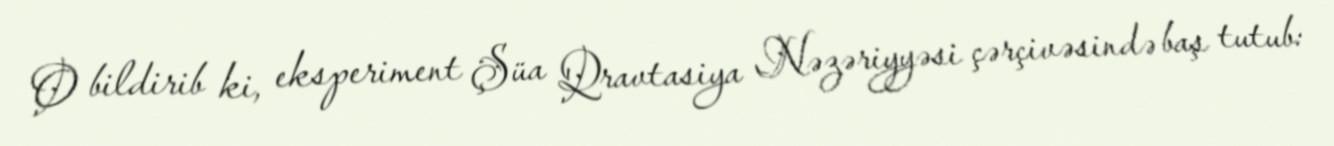
O bildirib ki, eksperiment Şüa Qravtasiya Nəzəriyyəsi çərçivəsində baş tutub: